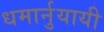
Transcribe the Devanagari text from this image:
धमार्नुयायी